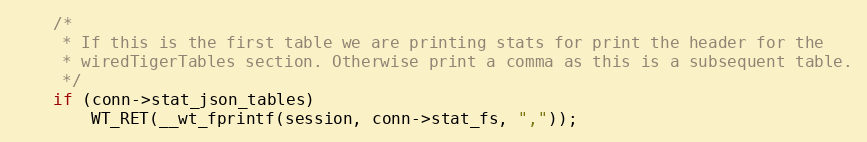
Language: C
    /*
     * If this is the first table we are printing stats for print the header for the
     * wiredTigerTables section. Otherwise print a comma as this is a subsequent table.
     */
    if (conn->stat_json_tables)
        WT_RET(__wt_fprintf(session, conn->stat_fs, ","));